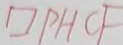
\square P H C F